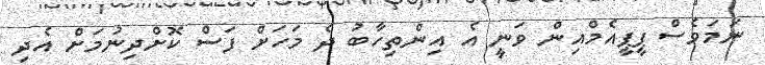
ނަމަވެސް ޕީޕީއެމްއިން ވަނީ އެ އިންތިހާބު ދެ މަހަށް ފަސް ކޮށްދިނުމަށް އެދި